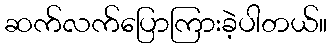
ဆက်လက်ပြောကြားခဲ့ပါတယ်။